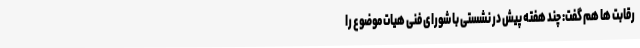
رقابت ها هم گفت: چند هفته پیش در نشستی با شورای فنی هیات موضوع را